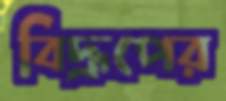
বিদ্রূপের